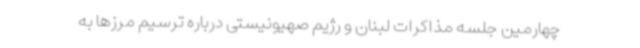
چهارمین جلسه مذاکرات لبنان و رژیم صهیونیستی درباره ترسیم مرزها به